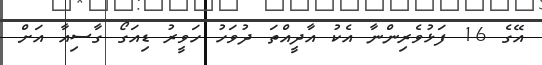
އޭގެ 16 ފަޅުވެރިންނާ އެކު އާދީއްތަ ދުވަހު ހަވީރު ޑިއަގޯ ގާސިއާ އަށް